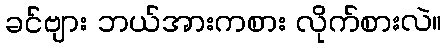
ခင်ဗျား ဘယ်အားကစား လိုက်စားလဲ။